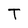
Character: T